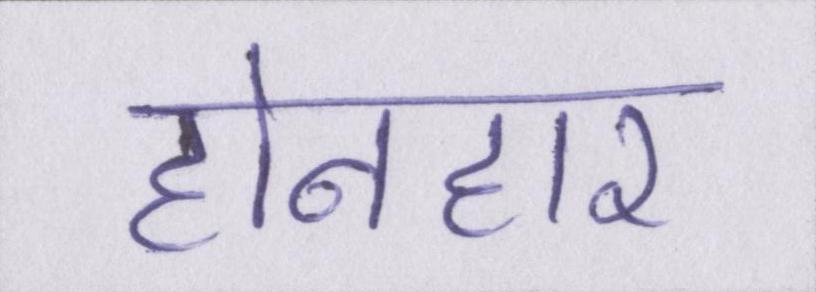
होनहार